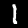
Digit: 1